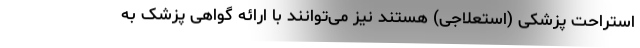
استراحت پزشکی (استعلاجی) هستند نیز می‌توانند با ارائه گواهی پزشک به